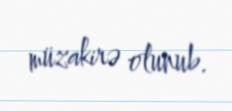
müzakirə olunub.